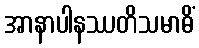
အာနာပါနဿတိသမာဓိံ